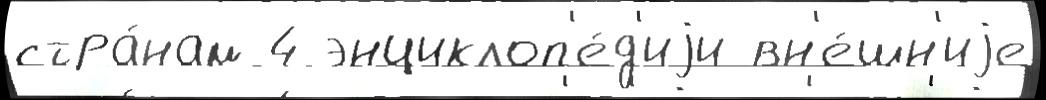
стра́нам 4 энциклоп'е́д'иjи вн'е́шн'иjе